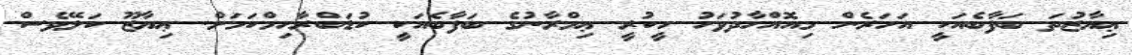
ޢިޔާޒުތަ ބަފާބެއަކީ އަހަރެން މިއޮއްހާދުވަހު ހީކުރީ ޢިމްރާނުގެ ބަފާބެއަކީ ކުޑަބްރާހިމްކަމަށް. ޢިޔާޒޫ ކަލޭވެސް